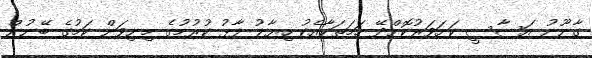
ގާނޫނު އަސާސީ ކަށަވަރުކޮށްދޭ ހަމަތަކާއެކު ހިޔާލު ފާޅު ކުރުމުގެ މިނިވަން ކަމުގެ ބޭނުން